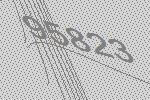
95823